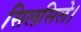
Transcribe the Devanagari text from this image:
सिलसिले।